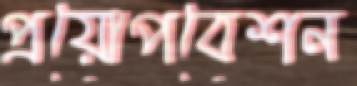
প্রয়োপবেশন